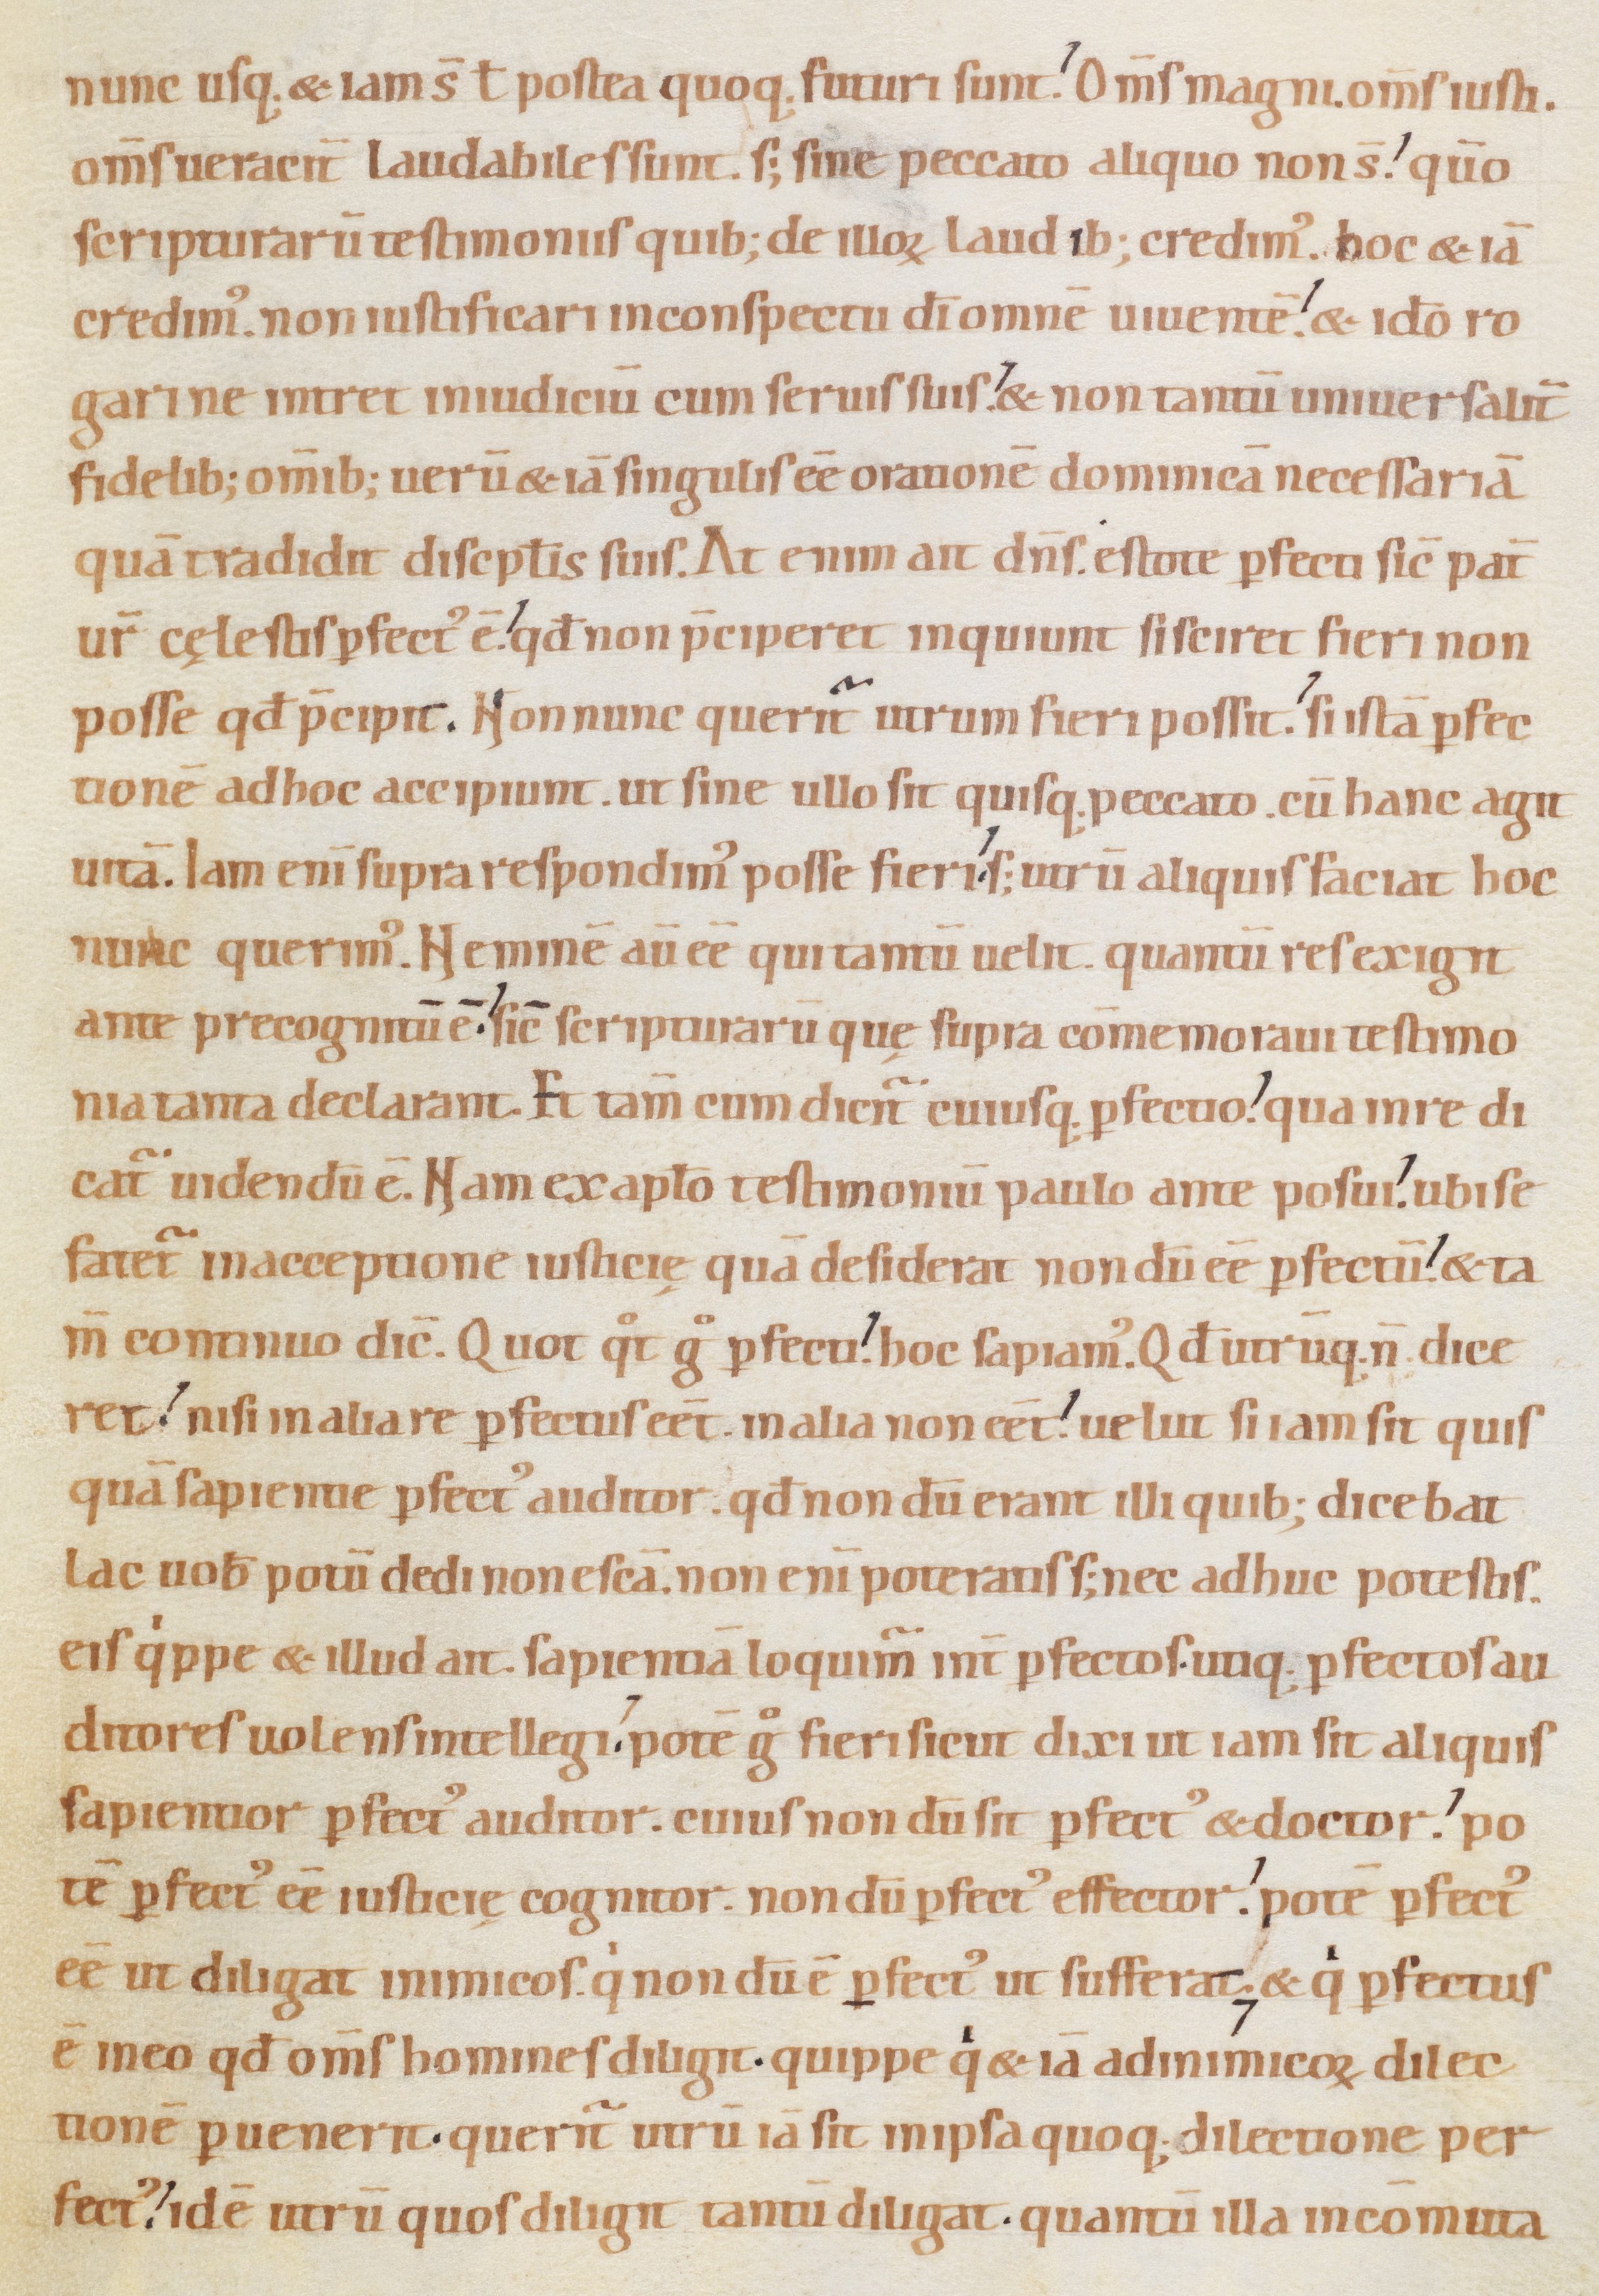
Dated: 1080–1096